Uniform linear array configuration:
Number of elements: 48
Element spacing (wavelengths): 0.75
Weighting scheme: hamming
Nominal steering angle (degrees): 15
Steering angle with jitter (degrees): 13.902
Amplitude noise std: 0.05
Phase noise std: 0.05

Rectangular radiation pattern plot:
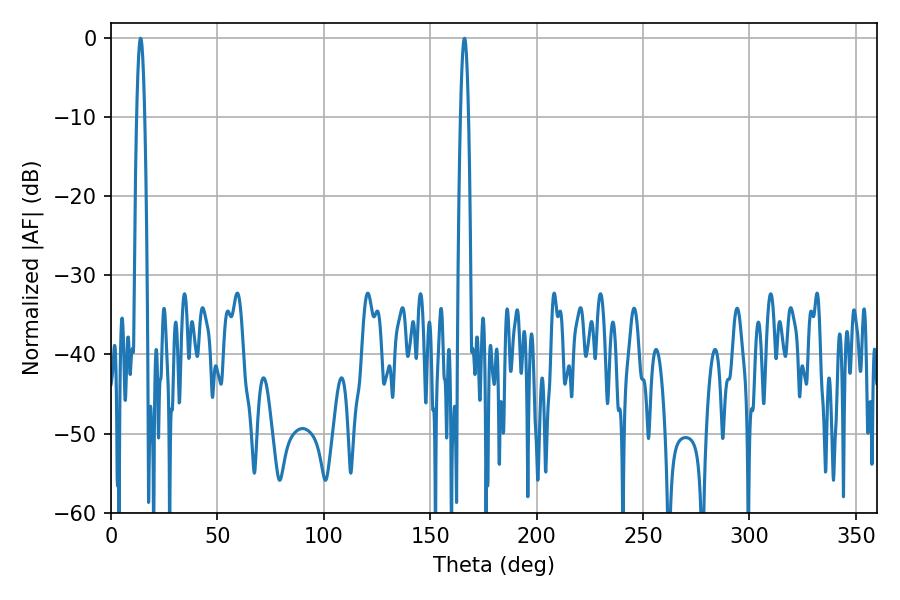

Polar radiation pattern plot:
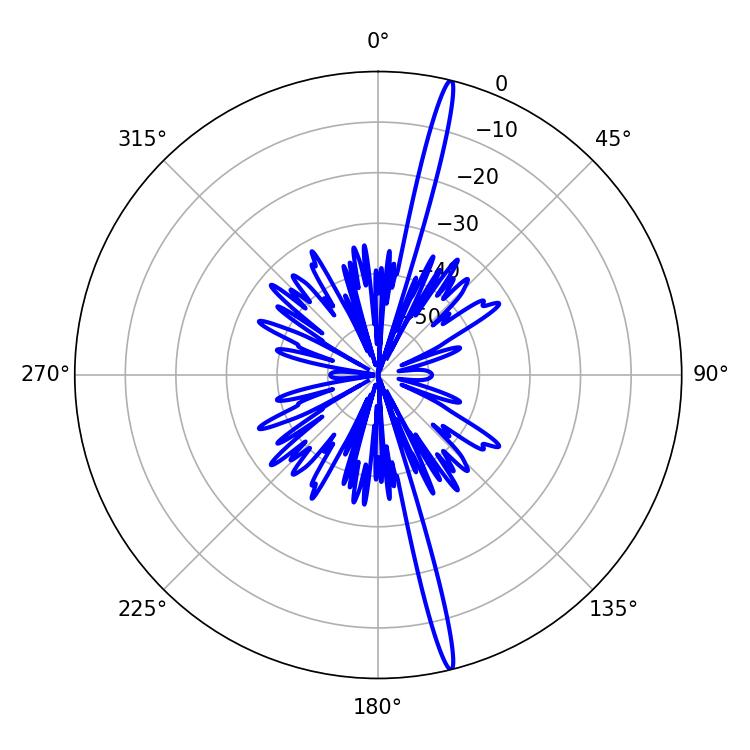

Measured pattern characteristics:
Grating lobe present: TRUE
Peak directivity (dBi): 20.198
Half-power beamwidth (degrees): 1.98
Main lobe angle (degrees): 13.86